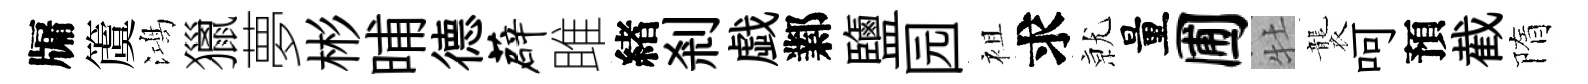
牖𥵂鴻獵夢彬晡德薜雎緖剎戯鄴鹽园袓求𭕒量圃牡襲呵預截隋